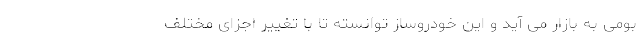
بومی به بازار می آید و این خودروساز توانسته تا با تغییر اجزای مختلف